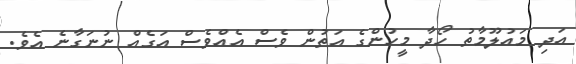
އަދި މައުލޫމާތު ހޯދާ މީހުންގެ އަތުން ވެސް އެއްވެސް އަގެއް ނުނަގާނެ އެވެ.